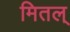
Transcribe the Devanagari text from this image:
मितल्